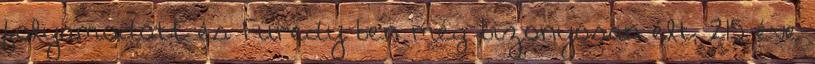
folyamodott és Füredy ben még bizonyosan élt; 215 éve